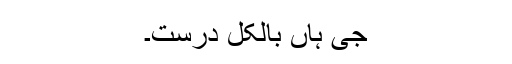
جی ہاں بالکل درست۔